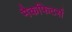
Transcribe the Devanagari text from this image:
मैकफिटर्स